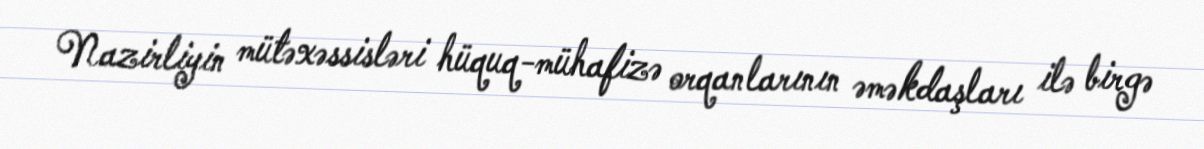
Nazirliyin mütəxəssisləri hüquq-mühafizə orqanlarının əməkdaşları ilə birgə